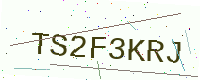
Text: TS2F3KRJ